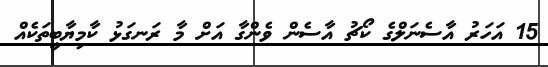
15 އަހަރު އާސެނަލްގެ ކޯޗު އާސެން ވެންގާ އަށް މާ ރަނގަޅު ކާމިޔާބީތަކެއް